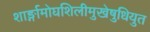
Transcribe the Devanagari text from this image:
शार्ङ्गामोघशिलीमुखेषुधियुत